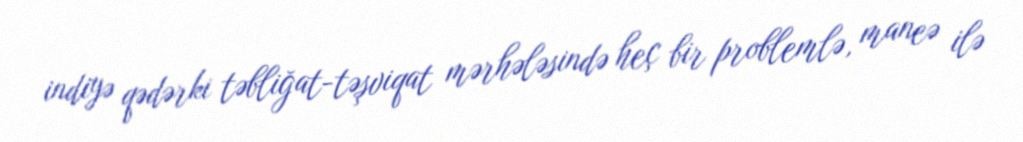
indiyə qədərki təbliğat-təşviqat mərhələsində heç bir problemlə, maneə ilə